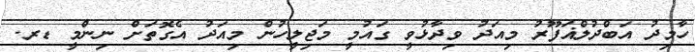
ހާމިދު އަބްދުލްޣަފޫރު މިއަދު ވިދާޅުވީ ގައުމީ މަޖިލީހުން މިއަދު އެގޮތަށް ނިންމީ ޑރ.